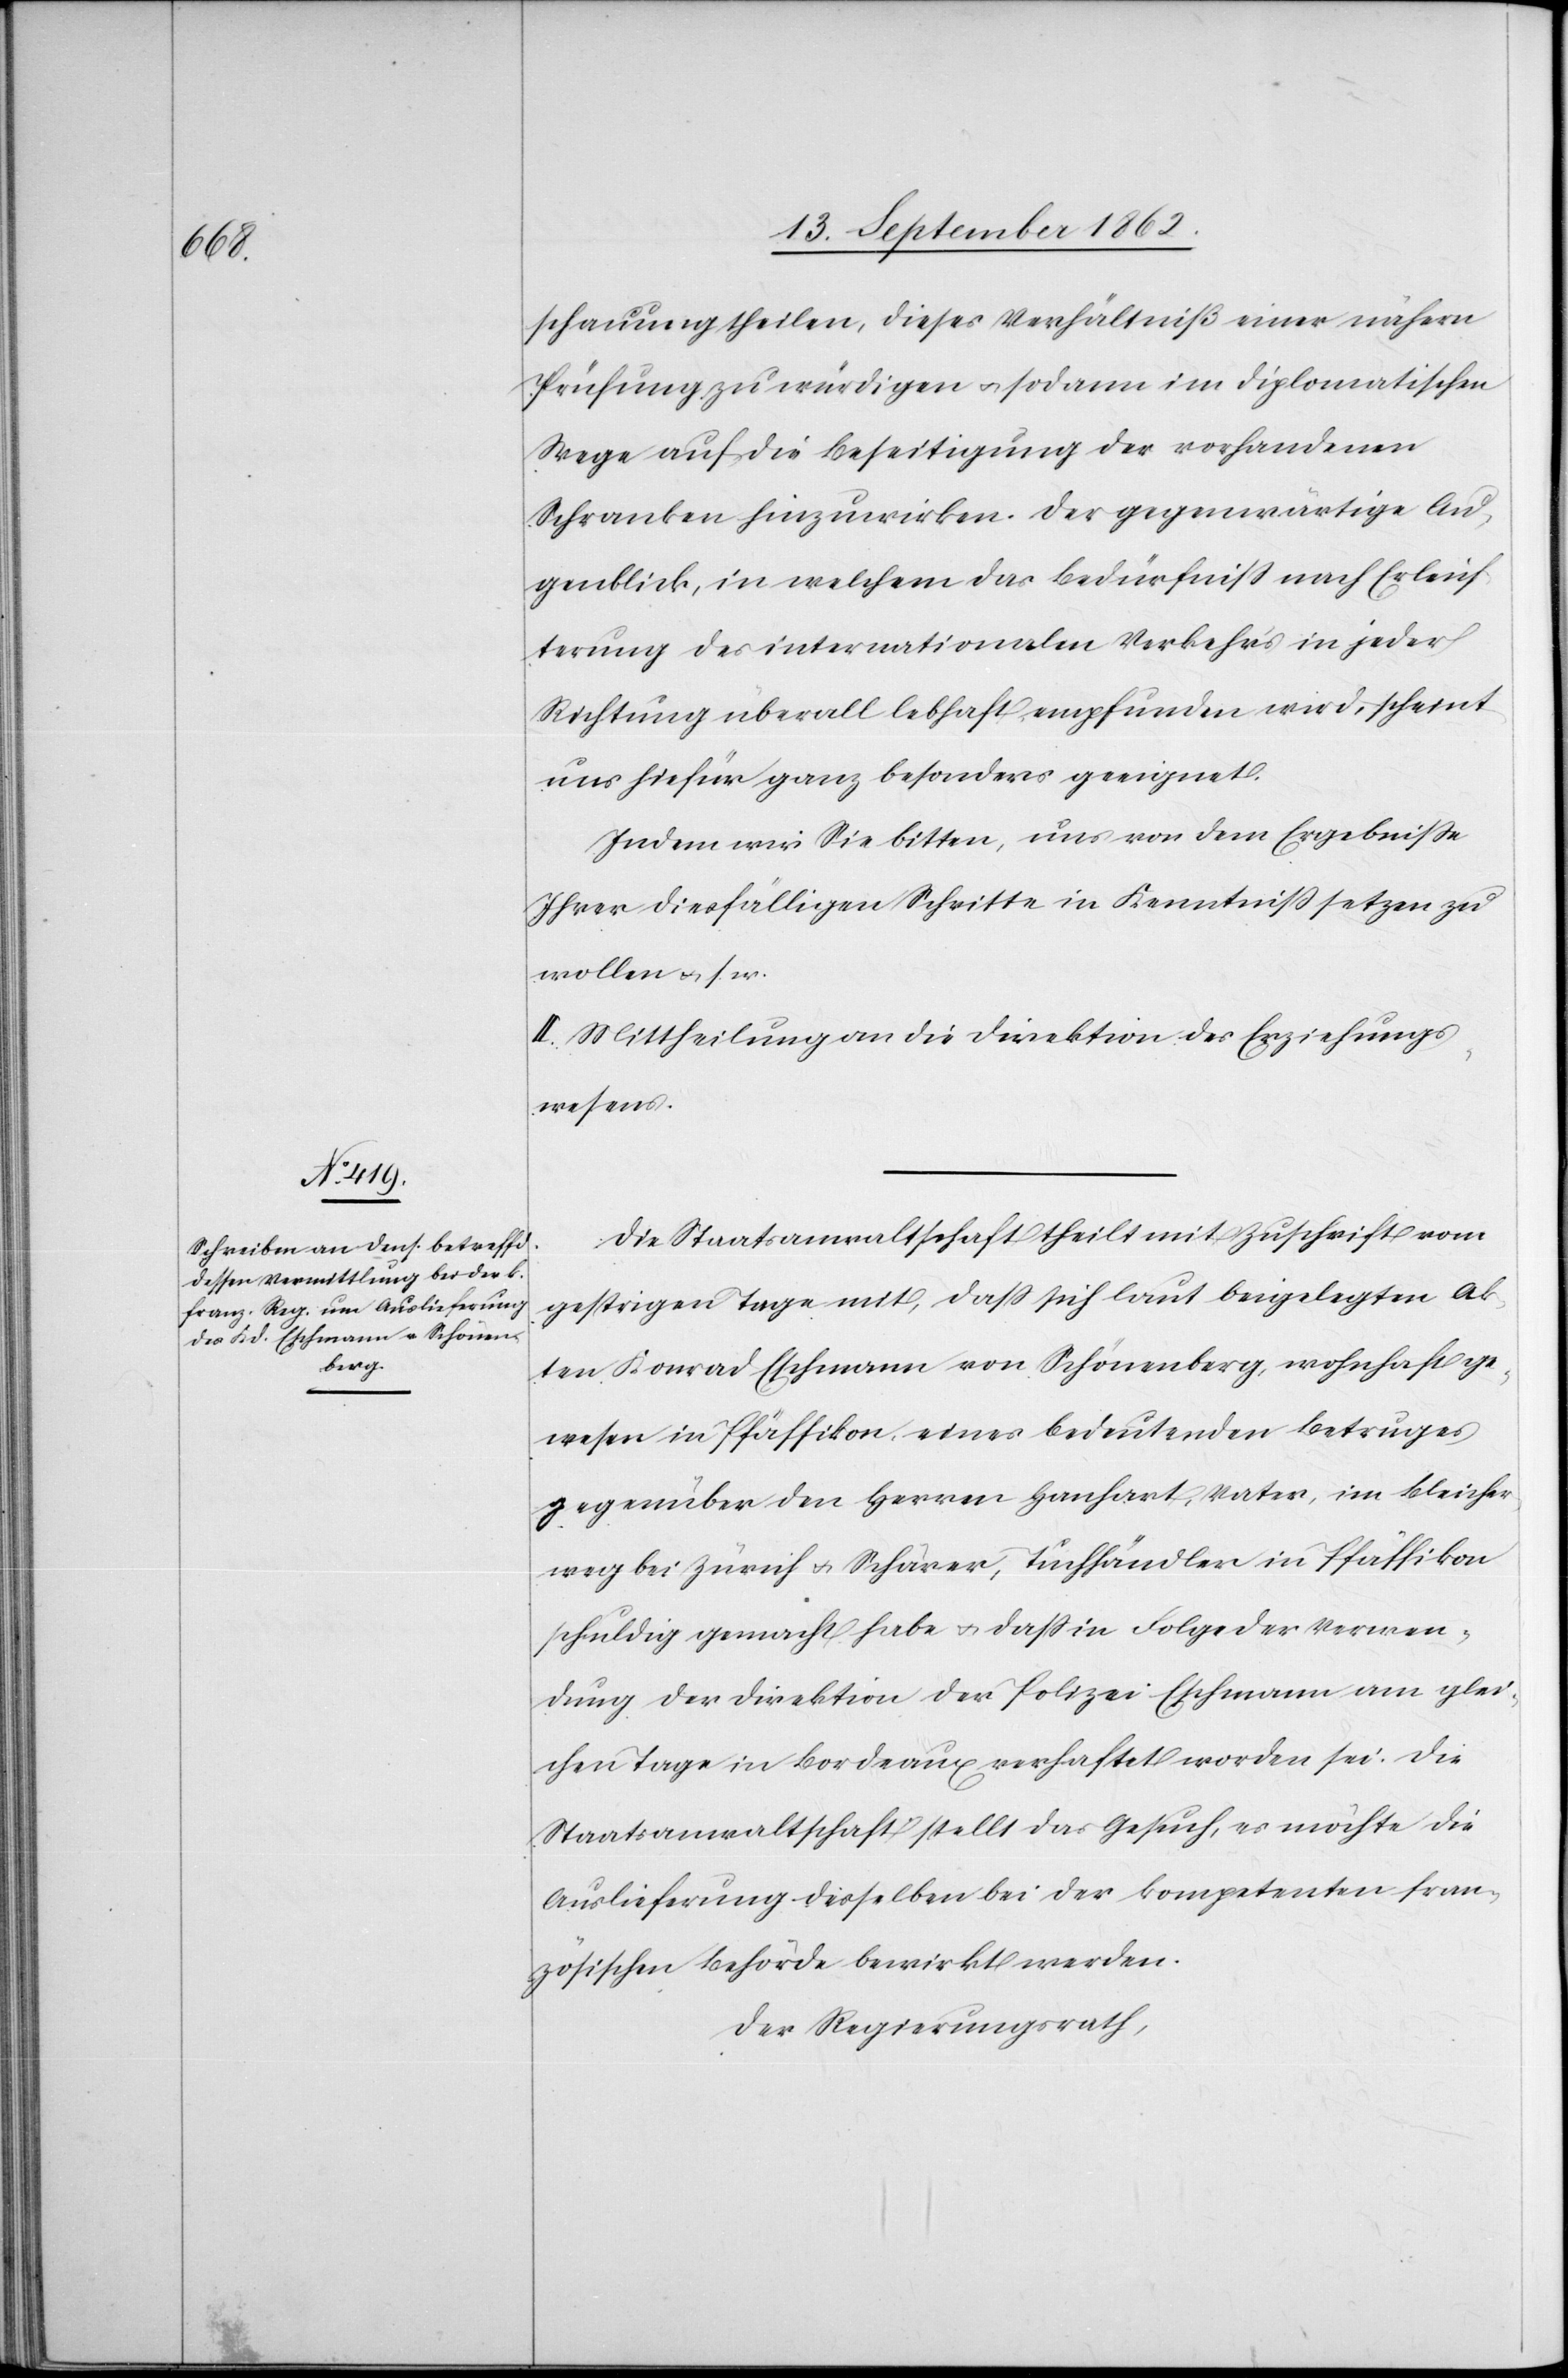
schauung theilen, dieses Verhältniß einer nähern
Prüfung zu würdigen u. sodann im diplomatischen
Wege auf die Beseitigung der vorhandenen
Schranken hinzuwirken. Der gegenwärtige Au¬
genblick, in welchem das Bedürfniß nach Erleich¬
terung des internationalen Verkehr’s in jeder
Richtung überall lebhaft empfunden wird, scheint
uns hiefür ganz besonders geeignet.
Indem wir Sie bitten, uns von dem Ergebniße
Ihrer diesfälligen Schritte in Kenntniß setzen zu
wollen u. s. w.
II. Mittheilung an die Direktion des Erziehungs¬
wesens.
Die Staatsanwaltschaft theilt mit Zuschrift vom
gestrigen Tage mit, daß sich laut beigelegten Ak¬
ten Konrad Eschmann von Schönenberg, wohnhaft ge¬
wesen in Pfäffikon, eines bedeutenden Betruges
gegenüber den Herren Hanhart, Vater, im Bleicher¬
weg bei Zürich u. Schärer, Tuchhändler in Pfäffikon
schuldig gemacht habe u. daß in Folge der Verwen¬
dung der Direktion der Polizei Eschmann am glei¬
chen Tage in Bordeaux verhaftet worden sei. Die
Staatsanwaltschaft stellt das Gesuch, es möchte die
Auslieferung desselben bei der kompetenten fran¬
zösischen Behörde bewirkt werden.
Der Regierungsrath,